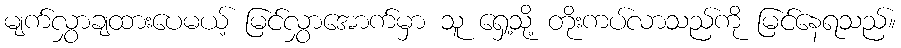
မျက်လွှာချထားပေမယ့် မြင်လွှာအောက်မှာ သူ ရှေ့သို့ တိုးကပ်လာသည်ကို မြင်နေရသည်။